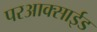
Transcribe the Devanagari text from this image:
परआक्साईड